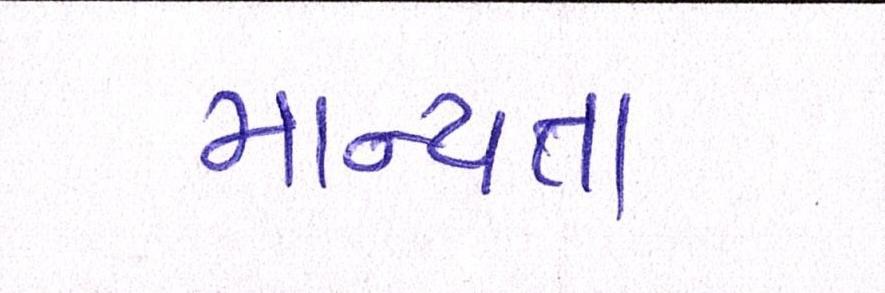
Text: માન્યતા